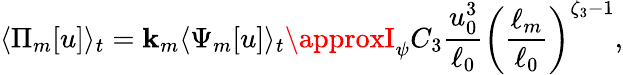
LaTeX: \langle\Pi_{m}[u]\rangle_{t}=\mathbf{k}_{m}\langle\Psi_{m}[u]\rangle_{t}\approxI_{\psi}C_{3}\frac{{u_{0}^{3}}}{{\ell_{0}}}\left(\frac{{\ell_{m}}}{{\ell_{0}}}\right)^{\zeta_{3}-1},